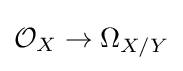
{\mathcal {O}}_{X}\to \Omega _{X/Y}